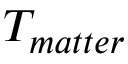
T _ { m a t t e r }